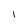
Character: 1